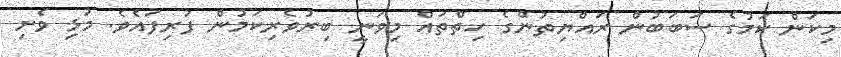
މިކަން ކަމުގެ ސަބަބުން ރައްޔިތުންގެ ހިތްތައް މިވަނީ ބިރުވެެރިކަމުން ފުރިފައެވެ. މުޅި ވެށި